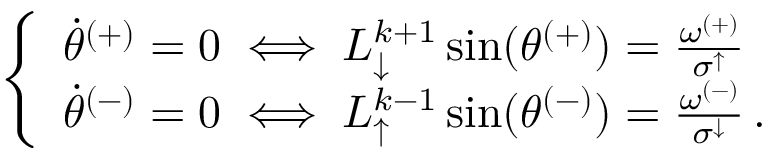
\begin{array} { r } { \left\{ \begin{array} { l l } { \Dot { \theta } ^ { ( + ) } = 0 \iff L _ { \downarrow } ^ { k + 1 } \sin ( \theta ^ { ( + ) } ) = \frac { \omega ^ { ( + ) } } { \sigma ^ { \uparrow } } } \\ { \Dot { \theta } ^ { ( - ) } = 0 \iff L _ { \uparrow } ^ { k - 1 } \sin ( \theta ^ { ( - ) } ) = \frac { \omega ^ { ( - ) } } { \sigma ^ { \downarrow } } \, . } \end{array} \right. } \end{array}